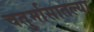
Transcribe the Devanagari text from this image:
चतुर्मासातल्या